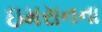
ઇમરાનના